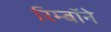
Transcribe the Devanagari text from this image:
रिम्बॉने